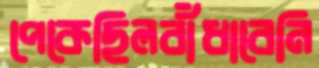
পেকেছিলবাঁধাবেনি